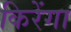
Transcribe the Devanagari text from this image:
किरेंगा